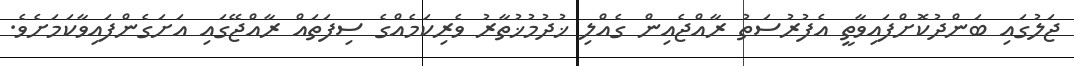
ޖަލުގައި ބަންދުކޮށްފައިވާތީ އެފުރުސަތު ރާއްޖެއިން ގެއްލި ޚުދުމުޚުތާރު ވެރިކަމެއްގެ ސިފަތައް ރާއްޖޭގައި އަށަގެންފައިވާކަމަށެވެ.